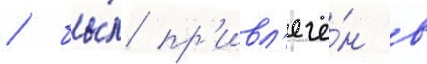
/ бы́л пр'ивл'ечё́н в